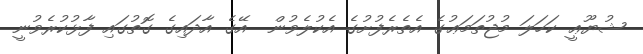
ޝުޔޫޢީ ކަހަލަ މުޖުތަމަޢުގެ އެތެރެފުށުގެ އެކުލެވުން  އޭގެ އާދައިގެ ގޮތުގައި ފާޅުކުރެވުނީ